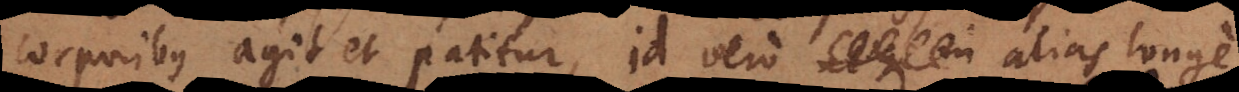
corporibus agit et patitur, id vero alias longe